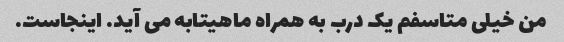
من خیلی متاسفم یک درب به همراه ماهیتابه می آید. اینجاست.